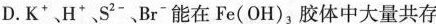
D.K^{+}、H^{+}、S^{2-}、Br^{-}能在Fe(OH)_{3}胶体中大量共存